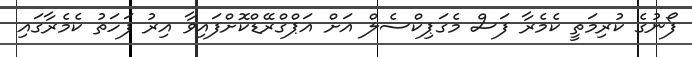
ފޯނުގެ ކުރިމަތީ ކެމެރާ ފަސް މެގަޕިކްސެލް އަށް އަޕްގްރޭޑްކޮށްފައިވާ އިރު ފަހަތު ކެމެރާގައި